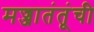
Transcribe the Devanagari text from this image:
मज्जातंतूंची